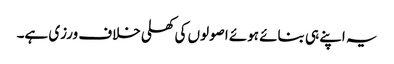
یہ اپنے ہی بنائے ہوئے اصولوں کی کھلی خلاف ورزی ہے۔